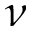
\nu